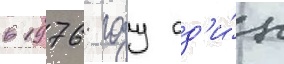
в 1976 году од'и́н